Report on the lunatic asylums under the Government of Bombay - 1904-1913
Year: 1904
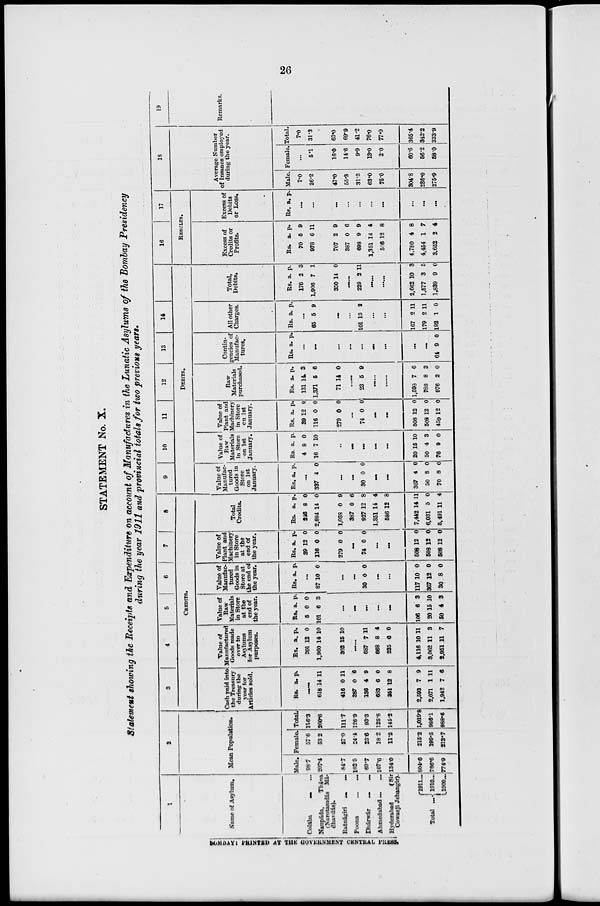
26
STATEMENT No. X.
Statement showing the Receipts and Expenditure on account of Manufactures in the Lunatic Asylums of the Bombay Presidency
during the year 1911 and provincial totals for two previous years.
1
Name of Asylum.
Colába ... ...
Naupáda,
Thána
(Narotamdás Má¬
dhavdás).
Ratnágiri
...
...
Poona
...
...
Dhárwár
...
...
Ahmedabad ... ...
Hyderabad
(Sir
Cowasji Jehangir).
Total
...
1911...
1910...
1909...
2
Mean Population.
Male.
98.7
207.4
84.7
102.5
69.7
107.6
134.0
804.6
786.6
774.9
Female.
57.6
53.2
27.0
24.4
23.6
18.2
11.2
215.2
199.5
213.7
Total.
156.3
260.6
111.7
126.9
93.3
125.8
145.2
1,019.8
986.1
988.6
3
4
5
6
7
8
CREDITS.
Cash paid into
the Treasury
during the
year for
Articles sold.
Rs. a. p.
......
618
416
387
136
683
351
2,593
2,071
1,942
14
0
0
4
6
12
7
1
7
11
11
6
9
0
8
9
11
6
Value of
Manufactured
Goods made
over to
Asylums
for Asylum
purposes.
Rs.
201
1,960
362
a.
12
14
15
p.
0
10
10
......
687
668
235
4,116
3,062
2,951
7
8
0
10
11
11
11
4
0
11
3
7
Value of
Raw
Materials
in Store
at the
end of
the year.
Rs.
5
101
a.
0
6
p.
0
3
...
...
...
...
...
106
20
50
6
15
4
3
10
3
Value of
Manufac-
tured
Goods in
Store at
the end of
the year.
Rs. a. p.
...
87 10 0
...
...
30 0 0
...
...
117
367
30
10
12
8
0
0
0
Value of
Plant and
Machinery
in Store
at the
end of
the year.
Rs.
39
116
279
a.
12
0
0
p.
0
0
0
...
74 0 0
...
...
508
508
508
12
12
12
0
0
0
Total
Credits.
Rs.
246
2,884
1,058
387
927
1,351
586
7,442
6,031
5,491
a.
8
14
0
0
12
14
12
14
5
11
p.
0
0
9
6
8
4
8
11
0
4
9
10
11
12
13
14
15
DEBITS.
Value of
Manufac-
tured
Goods in
Store
on 1st
January.
Rs. a. p.
...
337 4 0
...
...
30 0 0
...
...
387
50
70
4
8
8
0
0
0
Value of
Raw
Materials
in Store
on 1st
January.
Rs.
4
16
a.
8
7
p.
0
10
..
...
...
...
...
20
50
76
15
4
9
10
3
0
Value of
Plant and
Machinery
in Store
on 1st
January.
Rs.
39
116
279
a.
12
0
0
p.
0
0
0
...
74 0 0
...
...
508
508
459
12
12
12
0
0
0
Raw
Materials
purchased.
Rs.
131
1,371
71
a.
14
5
14
p.
3
6
0
...
23 5 9
......
......
1,593
788
976
7
8
2
6
3
0
Contin-
gencies of
Manufac-
tures.
Rs. a.
p.
...
...
...
...
...
...
...
...
...
64 9 0
All other
Charges.
Rs. a p.
...
65 5 9
...
...
101 13 2
...
...
167
179
192
2
2
1
11
11
0
Total,
Debits.
Rs.
176
1,906
350
a.
2
7
14
p.
3
1
0
......
229 2 11
......
......
2,662
1,577
1,839
10
3
9
3
5
0
16
17
RESULTS.
Excess of
Credits or
Profits.
Rs.
70
978
707
387
698
1,351
586
4,780
4,454
3,652
a.
5
6
2
0
9
14
12
4
1
2
p.
9
11
9
6
9
4
8
8
7
4
Excess of
Debits
or Loss.
Rs. a. p.
...
...
...
...
...
...
...
...
...
...
18
Average Number
of Insanes employed
during the year.
Male.
7.0
26.2
47.0
55.3
313
63.0
75.0
304.8
286.0
275.9
Female.
...
5.1
16.0
14.6
9.9
13.0
2.0
60.6
56.2
58.0
Total.
7.0
31.3
63.0
69.9
412
76.0
77.0
365.4
342.2
333.9
19
Remarks.
BOMBAY PRINTED AT THE GOVERNMENT CENTRAL PRESS.